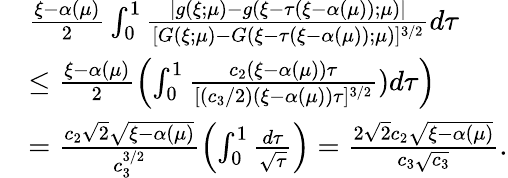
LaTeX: \begin{array}{rl}&{\frac{\xi-\alpha(\mu)}{2}\int_{0}^{1}\frac{|g(\xi;\mu)-g(\xi-\tau(\xi-\alpha(\mu));\mu)|}{[G(\xi;\mu)-G(\xi-\tau(\xi-\alpha(\mu));\mu)]^{3/2}}d\tau}\\ &{\leq\frac{\xi-\alpha(\mu)}{2}\left(\int_{0}^{1}\frac{c_{2}(\xi-\alpha(\mu))\tau}{[(c_{3}/2)(\xi-\alpha(\mu))\tau]^{3/2}})d\tau\right)}\\ &{=\frac{c_{2}\sqrt 2\sqrt{\xi-\alpha(\mu)}}{c_{3}^{3/2}}\left(\int_{0}^{1}\frac{d\tau}{\sqrt\tau}\right)=\frac{2\sqrt 2c_{2}\sqrt{\xi-\alpha(\mu)}}{c_{3}\sqrt{c_{3}}}.}\end{array}